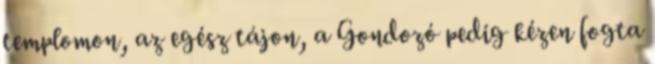
templomon, az egész tájon, a Gondozó pedig kézen fogta